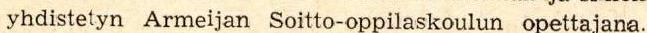
yhdistetyn Armeijan Soitto-oppilaskoulun opettajana.